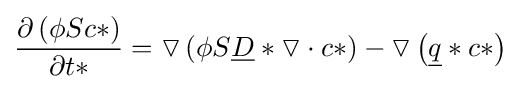
{\frac {\partial \left(\phi Sc*\right)}{\partial t*}}=\triangledown \left(\phi S{\underline {D}}*\triangledown \cdot c*\right)-\triangledown \left({\underline {q}}*c*\right)